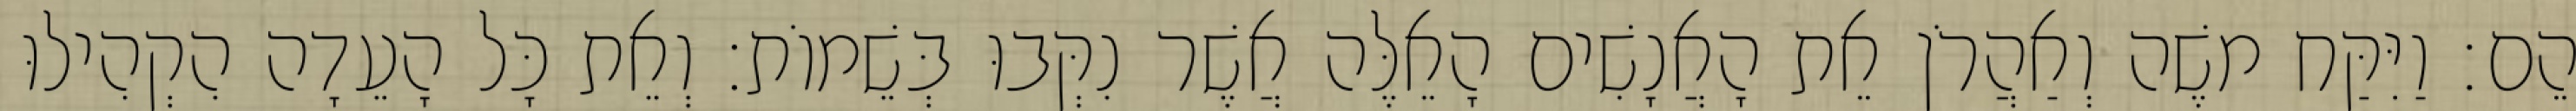
הֵם׃ וַיִּקַּח משֶׁה וְאַהֲרֹן אֵת הָאֲנָשִׁים הָאֵלֶּה אֲשֶׁר נִקְּבוּ בְּשֵׁמוֹת׃ וְאֵת כָּל הָעֵדָה הִקְהִילוּ